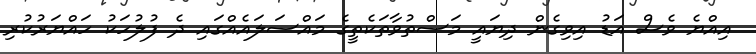
އިއްޔެ ވެސް އަޑު އިވިގެން ދިޔައީ މަސްތުވާތަކެތީގެ މައްސަލައެއްގައި ދެ ފުލުހަކު ހައްޔަރުކުރި